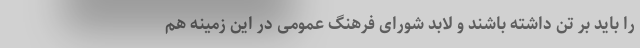
را باید بر تن داشته باشند و لابد شورای فرهنگ عمومی در این زمینه هم